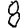
Digit: 8